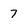
Character: 7